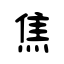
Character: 焦